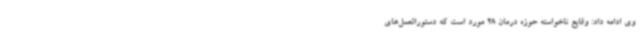
وی ادامه داد: وقایع ناخواسته حوزه درمان 28 مورد است که دستورالعمل‌های